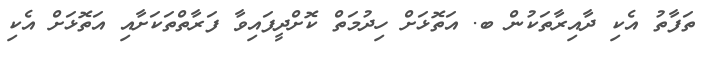
ތަފާތު އެކި ދާއިރާތަކުން ބ. އަތޮޅަށް ހިދުމަތް ކޮށްދީފައިވާ ފަރާތްތަކަށާއި އަތޮޅަށް އެކި